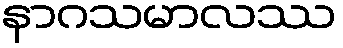
နာဂသမာလဿ